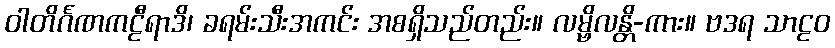
ဝါတိင်္ဂဏကဠီရာဒိ၊ ခရမ်းသီးအကင်း အစရှိသည်တည်း။ လမ္ဗိလန္တိ-ကား။ ဗဒရ သာဠဝ